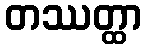
တဿတ္ထာ